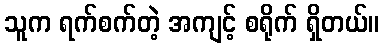
သူက ရက်စက်တဲ့ အကျင့် စရိုက် ရှိတယ်။